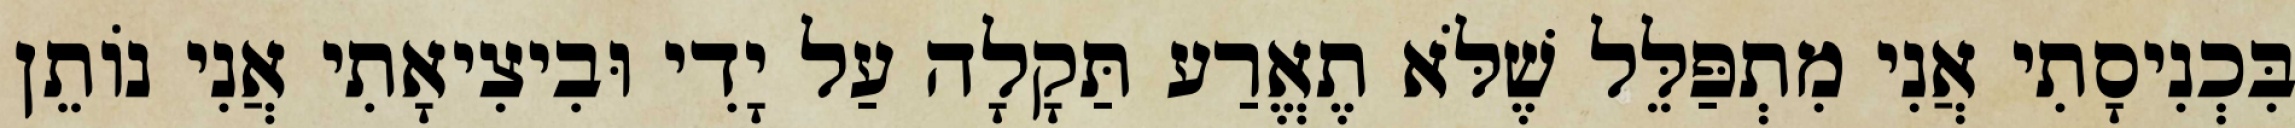
בִּכְנִיסָתִי אֲנִי מִתְפַּלֵּל שֶׁלֹּא תֶאֱרַע תַּקָלָה עַל יָדִי וּבִיצִיאָתִי אֲנִי נוֹתֵן